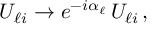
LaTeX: U _ { \ell i } \to e ^ { - i \alpha _ { \ell } } \, U _ { \ell i } \, ,